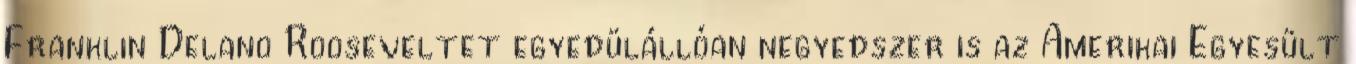
Franklin Delano Rooseveltet egyedülállóan negyedszer is az Amerikai Egyesült